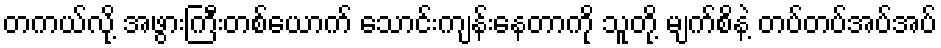
တကယ်လို့ အဖွားကြီးတစ်ယောက် သောင်းကျန်းနေတာကို သူတို့ မျက်စိနဲ့ တပ်တပ်အပ်အပ်